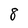
Character: 8